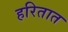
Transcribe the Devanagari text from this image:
हरितात